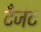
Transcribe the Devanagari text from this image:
टँजंट